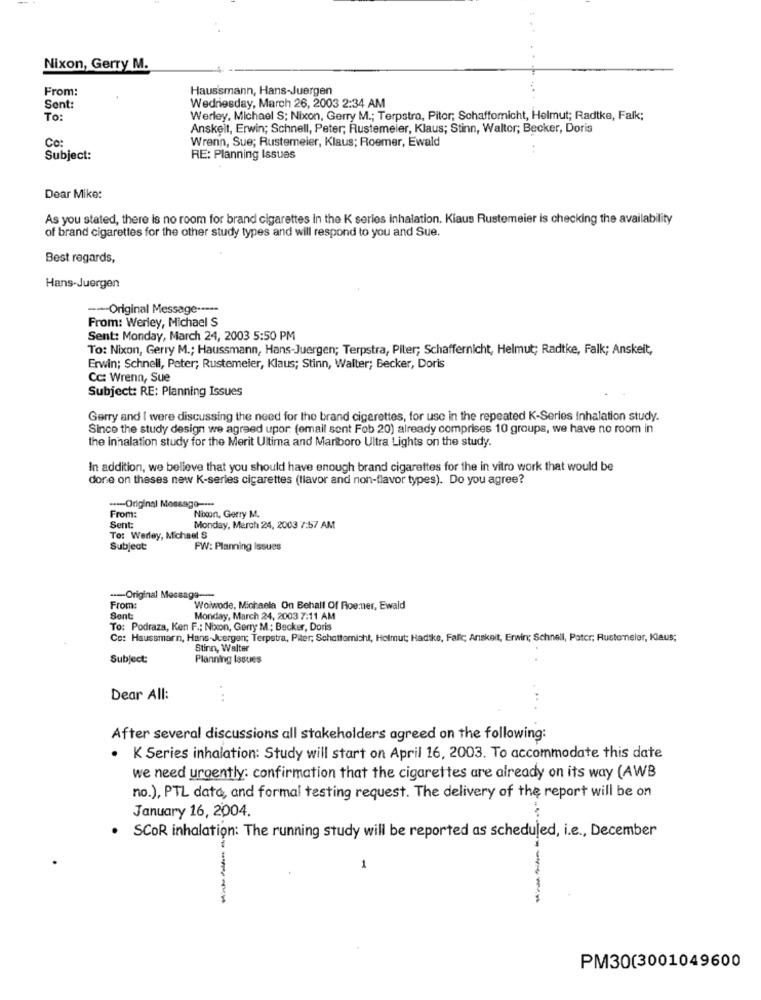
Nixon, Gerry M.
From:
Haussmann, Hans-Juergen
Sent:
Wedriesday, March 26, 2003 2:34 AM
To:
Werley, Michael S; Nixon, Gerry M .; Terpstra, Pitor; Schaffomnicht, Helmut; Radtke, Falk;
Anskeit, Erwin; Schnell, Peter; Rustemeier, Klaus; Stinn, Walter; Becker, Doris
Co:
Wrenn, Sue; Rustemeier, Klaus; Roemer, Ewald
Subject:
RE: Planning Issues
Dear Mike:
As you stated, there is no room for brand cigarettes in the K serles inhalation. Kiaus Rustemeier is checking the availability
of brand cigarettes for the other study types and will respond to you and Sue.
Best regards,
Hans-Juergen
-- Original Message -----
From: Werley, Michael S
Sent: Monday, March 24, 2003 5:50 PM
To: Nixon, Gerry M .; Haussmann, Hans-Juergen; Terpstra, Piter; Schaffernicht, Helmut; Radtke, Falk; Anskeit,
Erwin; Schnell, Peter; Rustemeier, Klaus; Stinn, Walter; Becker, Doris
Cc: Wrenn, Sue
Subject: RE: Planning Issues
Gerry and I were discussing the need for the brand cigarettes, for use in the repeated K-Series Inhalation study.
Since the study design we agreed upor (email sent Fob 20) already comprises 10 groups, we have no room in
the inhalation study for the Merit Ultima and Mariboro Ultra Lights on the study.
In addition, we believe that you should have enough brand cigarettes for the in vitro work that would be
done on theses new K-series cigarettes (flavor and non-flavor types). Do you agree?
--- Original Message ----
From:
Nixon, Gerry M.
Sent
Monday, March 24, 2003 7:57 AM
To: Werley, Michael S
Subject:
FW: Planning Issues
--- Original Message ---
From:
Woiwode, Michaela On Behalf Of Roemner, Ewald
Sont
Monday, March 24, 2003 7:11 AM
To: Podraza, Ken F .; Nixon, Gerry M .; Becker, Doris
Co: Haussmann, Hans-Juergen; Terpstra, Piter; Schottemicht, Helmut; Hadtke, Falic; Anskeit, Erwin; Schnell, Pater; Rustommeler, Klaus;
Stinn, Walter
Subject:
Planning Issues
Dear All:
. ..
After several discussions all stakeholders agreed on the following:
K Series inhalation: Study will start on April 16, 2003. To accommodate this date
we need urgently: confirmation that the cigarettes are already on its way (AWB
no.), PTL data, and formal testing request. The delivery of the report will be on
January 16, 2004.
SCOR inhalation: The running study will be reported as scheduled, i.e ., December
1
---
PM30(3001049600